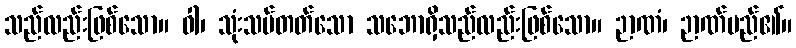
သည်လည်းဖြစ်သော။ ဝါ၊ သုံးသပ်တတ်သော သဘောရှိသည်လည်းဖြစ်သော။ ဉာဏံ၊ ဉာဏ်မည်၏။